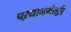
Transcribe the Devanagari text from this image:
पऱधानमंतऱी